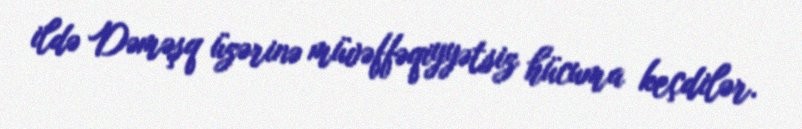
ildə Dəməşq üzərinə müvəffəqiyyətsiz hücuma keçdilər.